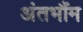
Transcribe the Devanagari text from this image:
अंतभौंम